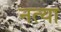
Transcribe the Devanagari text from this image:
नत्या